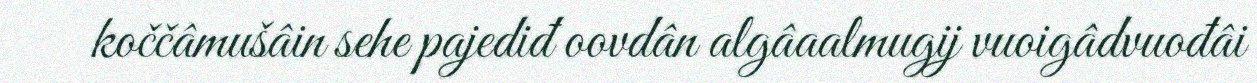
koččâmušâin sehe pajediđ oovdân algâaalmugij vuoigâdvuođâi